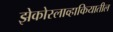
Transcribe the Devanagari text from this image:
झेकोस्लाव्हाकियातील